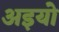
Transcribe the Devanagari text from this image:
अइयो